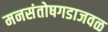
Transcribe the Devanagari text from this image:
मनसंतोषगडाजवळ